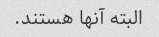
البته آنها هستند.